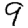
Digit: 9